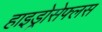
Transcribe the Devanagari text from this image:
हाइड्रोसेफ्लस